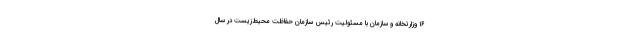
۱۶ وزارتخانه و سازمان با مسئولیت رئیس سازمان حفاظت محیط‌زیست در سال